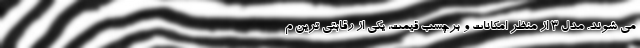
می شوند. مدل 3 از منظر امکانات و برچسب قیمت، یکی از رقابتی ترین م